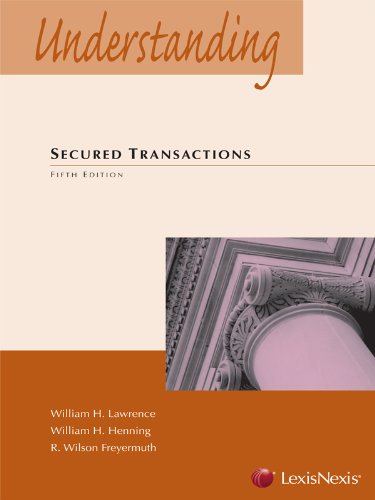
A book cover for Understanding Secured Transactions; William H. Lawrence; Law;